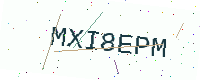
Text: MXI8EPM